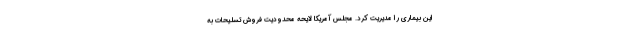
این بیماری را مدیریت کرد. مجلس آمریکا لایحه محدودیت فروش تسلیحات به